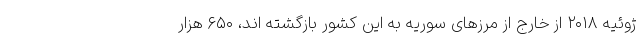
ژوئیه ۲۰۱۸ از خارج از مرزهای سوریه به این کشور بازگشته اند، ۶۵۰ هزار